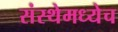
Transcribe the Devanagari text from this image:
संस्थेमध्येच